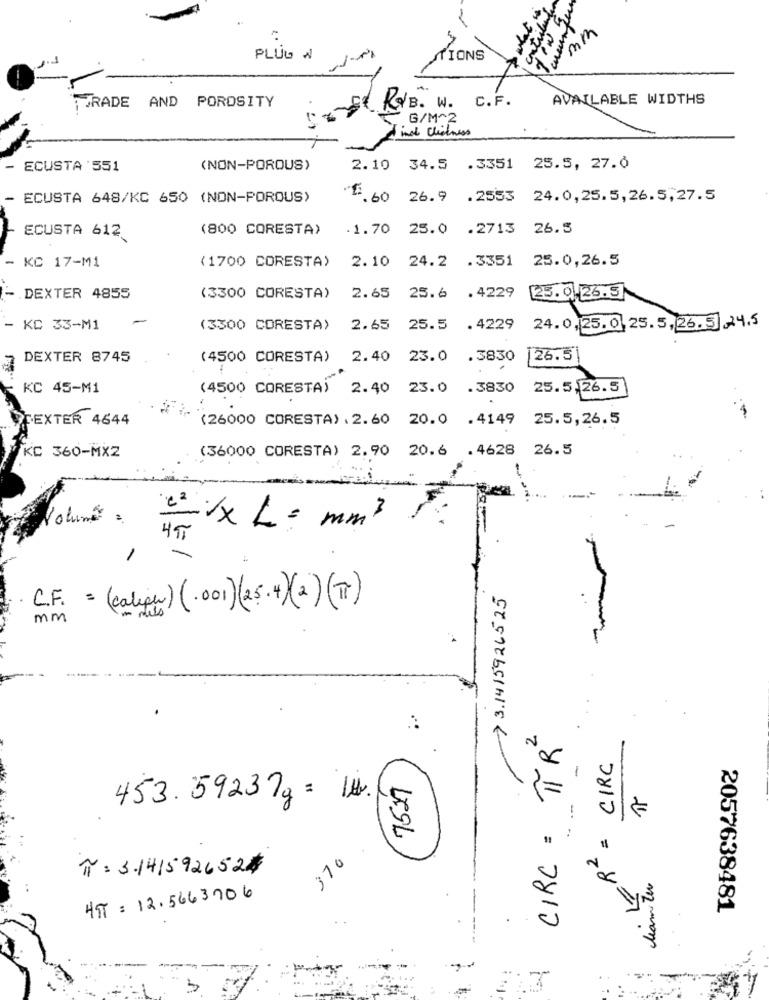
what is
mm
PLUG W
TIONS
KAB. W. C.F.
AVAILABLE WIDTHS
TRADE AND POROSITY
G/M^2
mob Clickness
- ECUSTA 551
(NON-POROUS)
2.10 34.5 .3351 25.5, 27.0
- ECUSTA 648/KC 650 (NON-POROUS)
"" 60 26.9 .2553 24.0,25.5,26.5,27.5
(800 CORESTA)
.1.70 25.0 .2713 26.5
ECUSTA 612
- KC 17-M1
(1700 CORESTA)
2.10 24.2 .3351
25.0,26.5
. DEXTER 4855
(3300 CORESTA)
2.65 25.6 .4229
25.0 26.5
- KC 33-M1
(3300 CORESTA)
2.65
25.5 .4229
24.0,25.0. 25.5, 26.5] ,24.5
DEXTER 8745
(4500 CORESTA) 2.40
23.0 .3830
26.51
KC 45-M1
(4500 CORESTA) 2.40 23.0 .3830
25.5.26.5
DEXTER 4644
(26000 CORESTA) . 2.60 20.0 .4149
25.5,26.5
KC 360-MX2
(36000 CORESTA) 2.90 20.6 .4628 26.5
Volume
"XXL = mm3
-> 3.1415926525
C.F. = (caliper)(.001)(25.4) (2) (II)
mm
CIRC = TIR
= CIRC
7527
453. 59237g = 1H.
--
370
TT: 3.141592652#
dd
leamiter
HTT = 12.5663706
2057638481